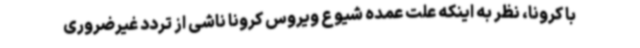
با کرونا، نظر به اینکه علت عمده شیوع ویروس کرونا ناشی از تردد غیرضروری